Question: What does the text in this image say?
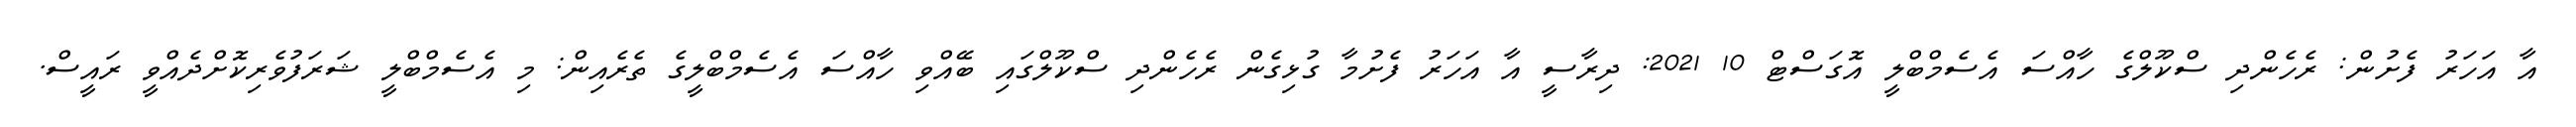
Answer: އާ އަހަރު ފެށުން: ރެހެންދި ސްކޫލްގެ ހާއްސަ އެސެމްބްލީ އޮގަސްޓް 10 2021: ދިރާސީ އާ އަހަރު ފެށުމާ ގުޅިގެން ރެހެންދި ސްކޫލްގައި ބޭއްވި ހާއްސަ އެސެމްބްލީގެ ތެރެއިން: މި އެސެމްބްލީ ޝަރަފުވެރިކޮށްދެއްވީ ރައީސް.